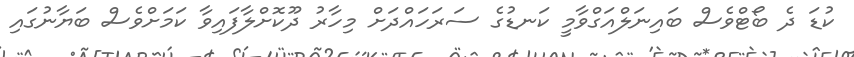
ކުޑަ ދެ ބޯޓްވެސް ބައިނަލްއަގްވާމީ ކަނޑުގެ ސަރަހައްދަށް މިހާރު ދޫކޮށްލާފައިވާ ކަމަށްވެސް ބަޔާނުގައި